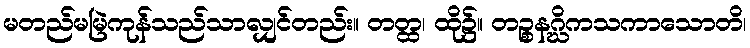
မတည်မမြဲကုန်သည်သာလျှင်တည်း။ တတ္ထ၊ ထို၌။ တဉ္စနဂ္ဃိကသကာသောတိ၊